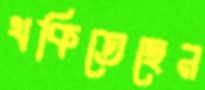
থকিতেছেন